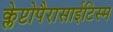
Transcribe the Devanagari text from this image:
क्लेप्टोपैरासाईटिस्म